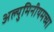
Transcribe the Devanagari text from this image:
अल्युमिनीयमच्या